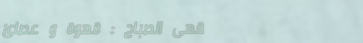
مقهى الصباح : قهوة و عصائ